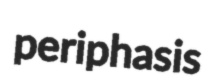
periphasis